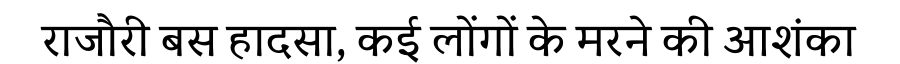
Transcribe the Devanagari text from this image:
राजौरी बस हादसा, कई लोंगों के मरने की आशंका